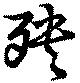
殃